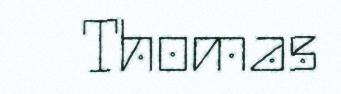
Thomas